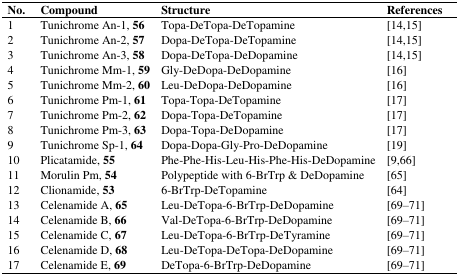
<table><thead><tr><td><b>No.</b></td><td><b>Compound</b></td><td><b>Structure</b></td><td><b>References</b></td></tr></thead><tbody><tr><td>1</td><td>Tunichrome An-1, <b>56</b></td><td>Topa-DeTopa-DeTopamine</td><td>[14,15]</td></tr><tr><td>2</td><td>Tunichrome An-2, <b>57</b></td><td>Dopa-DeTopa-DeTopamine</td><td>[14,15]</td></tr><tr><td>3</td><td>Tunichrome An-3, <b>58</b></td><td>Dopa-DeTopa-DeDopamine</td><td>[14,15]</td></tr><tr><td>4</td><td>Tunichrome Mm-1, <b>59</b></td><td>Gly-DeDopa-DeDopamine</td><td>[16]</td></tr><tr><td>5</td><td>Tunichrome Mm-2, <b>60</b></td><td>Leu-DeDopa-DeDopamine</td><td>[16]</td></tr><tr><td>6</td><td>Tunichrome Pm-1, <b>61</b></td><td>Topa-Topa-DeTopamine</td><td>[17]</td></tr><tr><td>7</td><td>Tunichrome Pm-2, <b>62</b></td><td>Dopa-Topa-DeTopamine</td><td>[17]</td></tr><tr><td>8</td><td>Tunichrome Pm-3, <b>63</b></td><td>Dopa-Topa-DeDopamine</td><td>[17]</td></tr><tr><td>9</td><td>Tunichrome Sp-1, <b>64</b></td><td>Dopa-Dopa-Gly-Pro-DeDopamine</td><td>[19]</td></tr><tr><td>10</td><td>Plicatamide, <b>55</b></td><td>Phe-Phe-His-Leu-His-Phe-His-DeDopamine</td><td>[9,66]</td></tr><tr><td>11</td><td>Morulin Pm, <b>54</b></td><td>Polypeptide with 6-BrTrp &amp; DeDopamine</td><td>[65]</td></tr><tr><td>12</td><td>Clionamide, <b>53</b></td><td>6-BrTrp-DeTopamine</td><td>[64]</td></tr><tr><td>13</td><td>Celenamide A, <b>65</b></td><td>Leu-DeTopa-6-BrTrp-DeDopamine</td><td>[69–71]</td></tr><tr><td>14</td><td>Celenamide B, <b>66</b></td><td>Val-DeTopa-6-BrTrp-DeDopamine</td><td>[69–71]</td></tr><tr><td>15</td><td>Celenamide C, <b>67</b></td><td>Leu-DeTopa-6-BrTrp-DeTyramine</td><td>[69–71]</td></tr><tr><td>16</td><td>Celenamide D, <b>68</b></td><td>Leu-DeTopa-DeTopa-DeDopamine</td><td>[69–71]</td></tr><tr><td>17</td><td>Celenamide E, <b>69</b></td><td>DeTopa-6-BrTrp-DeDopamine</td><td>[69–71]</td></tr></tbody></table>